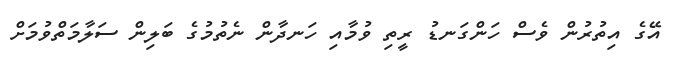
އޭގެ އިތުރުން ވެސް ހަންގަނޑު ރީތި ވުމާއި ހަނދާން ނެތުމުގެ ބަލިން ސަލާމަތްވުމަށް